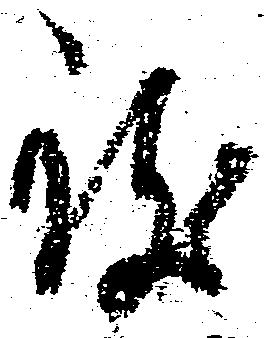
致